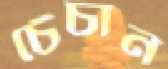
চেঁচান